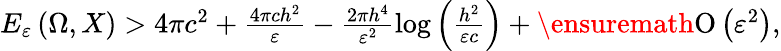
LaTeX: \begin{array}{r}{E_{\varepsilon}\left(\Omega,X\right)>4\pi c^{2}+\frac{4\pi ch^{2}}{\varepsilon}-\frac{2\pi h^{4}}{\varepsilon^{2}}\log{\left(\frac{h^{2}}{\varepsilon c}\right)}+\ensuremath{\operatorname{O}\left(\varepsilon^{2}\right)},}\end{array}